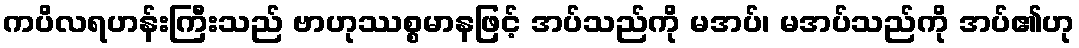
ကပိလရဟန်းကြီးသည် ဗာဟုဿစ္စမာနဖြင့် အပ်သည်ကို မအပ်၊ မအပ်သည်ကို အပ်၏ဟု